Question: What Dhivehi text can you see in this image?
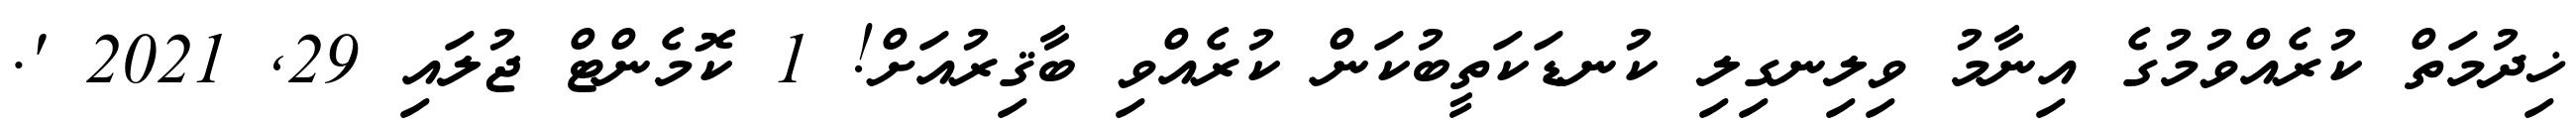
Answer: ޚިދުމަތް ކުރެއްވުމުގެ އިނާމު ވިލިނގިލި ކުނޑަކަތީބުކަން ކުރެއްވި ބާޤިރުއަށް! 1 ކޮމެންޓް ޖުލައި 29, 2021 '.